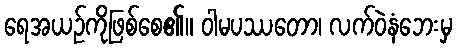
ရေအယဉ်ကိုဖြစ်စေ၏။ ဝါမပဿတော၊ လက်ဝဲနံဘေးမှ